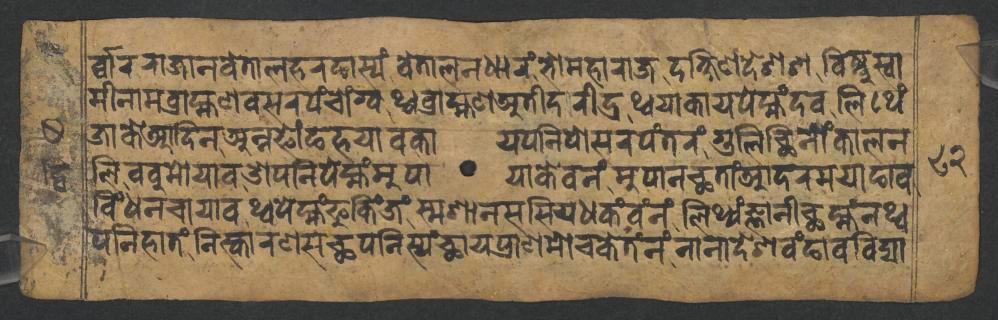
𑐬𑑂𑐰𑑂𑐰𑐵𑐬𑐬𑐵𑐖𑐵𑐣𑐰𑐾𑐟𑐵𑐮𑐴𑐬𑐒𑐵𑐳𑑂𑐫𑑄𑐰𑐾𑐟𑐵𑐮𑐣𑐢𑐵𑐬𑑄𑐨𑑀𑐩𑐴𑐵𑐬𑐵𑐖𑐡𑐎𑑂𑐲𑐶𑐞𑐡𑐾𑐱𑐱𑐰𑐶𑐲𑑂𑐞𑐸𑐳𑑂𑐰𑐵 𑐩𑐷𑐣𑐵𑐩𑐧𑑂𑐬𑐵𑐴𑑂𑐩𑐞𑐧𑐳𑐬𑐥𑑄𑐔𑑀𑑄𑐐𑑂𑐰𑐠𑑂𑐰𑐧𑑂𑐬𑐵𑐴𑑂𑐩𑐞𑐀𑐟𑐷𑐡𑐬𑐶𑐡𑑂𑐬𑐠𑑂𑐰𑐫𑐵𑐎𑐵𑐫𑐥𑐾𑐩𑑂𑐴𑑄𑐡𑐰𑐮𑐶𑐠𑐾𑑄 𑐖𑐵𑐎𑐾𑐁𑐡𑐶𑐣𑐀𑐣𑑂𑐣𑐦𑑀𑑄𑐒𑐴𑐫𑐵𑐰𑐎𑐵𑐫𑐥𑐣𑐶𑐥𑑀𑐳𑐬𑐥𑑄𑐟𑐬𑑄𑐐𑐸𑐮𑐶𑐕𑐶𑐣𑑀𑑄𑐎𑐵𑐮𑐣 𑐮𑐶𑐧𑐧𑐸𑐩𑑀𑐫𑐵𑐰𑐌𑐥𑐣𑐶𑐥𑐾𑐩𑑂𑐴𑑄𑐩𑐸𑐥𑐵𑐫𑐵𑐎𑐾𑐰𑐣𑑄𑐩𑐸𑐥𑐵𑐣𑐕𑐟𑐵𑑄𑐁𑐡𑐬𑐩𑐫𑐵𑐒𑐵𑐰 𑐧𑐶𑑄𑐢𑐣𑐔𑐵𑐫𑐵𑐰𑐠𑑂𑐰𑐥𑐾𑐩𑑂𑐴𑑄𑐦𑐸𑐎𑐶𑑄𑐖𑑄𑐳𑑂𑐩𑐱𑐵𑐣𑐳𑐳𑐶𑐫𑐢𑐎𑑄𑐰𑑄𑐣𑑄𑐮𑐶𑐠𑑂𑐫𑑄𑐖𑑂𑐘𑐵𑐣𑐷𑐕𑐩𑑂𑐴𑑄𑐣𑐠𑑂𑐰 𑐥𑐣𑐶𑐴𑐵𑐟𑑄𑐣𑐶𑐳𑑂𑐎𑐵𑐬𑐞𑐳𑐕𑐥𑐣𑐶𑐳𑑂𑐫𑑄𑐕𑐵𑐫𑐥𑑂𑐬𑐵𑐞𑐩𑑀𑐔𑐎𑐾𑐟𑑄𑐣𑑄𑐣𑐵𑐣𑐵𑐡𑐾𑐱𑐰𑑄𑐒𑐵𑐰𑐰𑐶𑐡𑑂𑐫𑐵